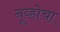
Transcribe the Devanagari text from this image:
नूव्होचा